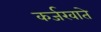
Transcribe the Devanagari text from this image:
कर्जखाते